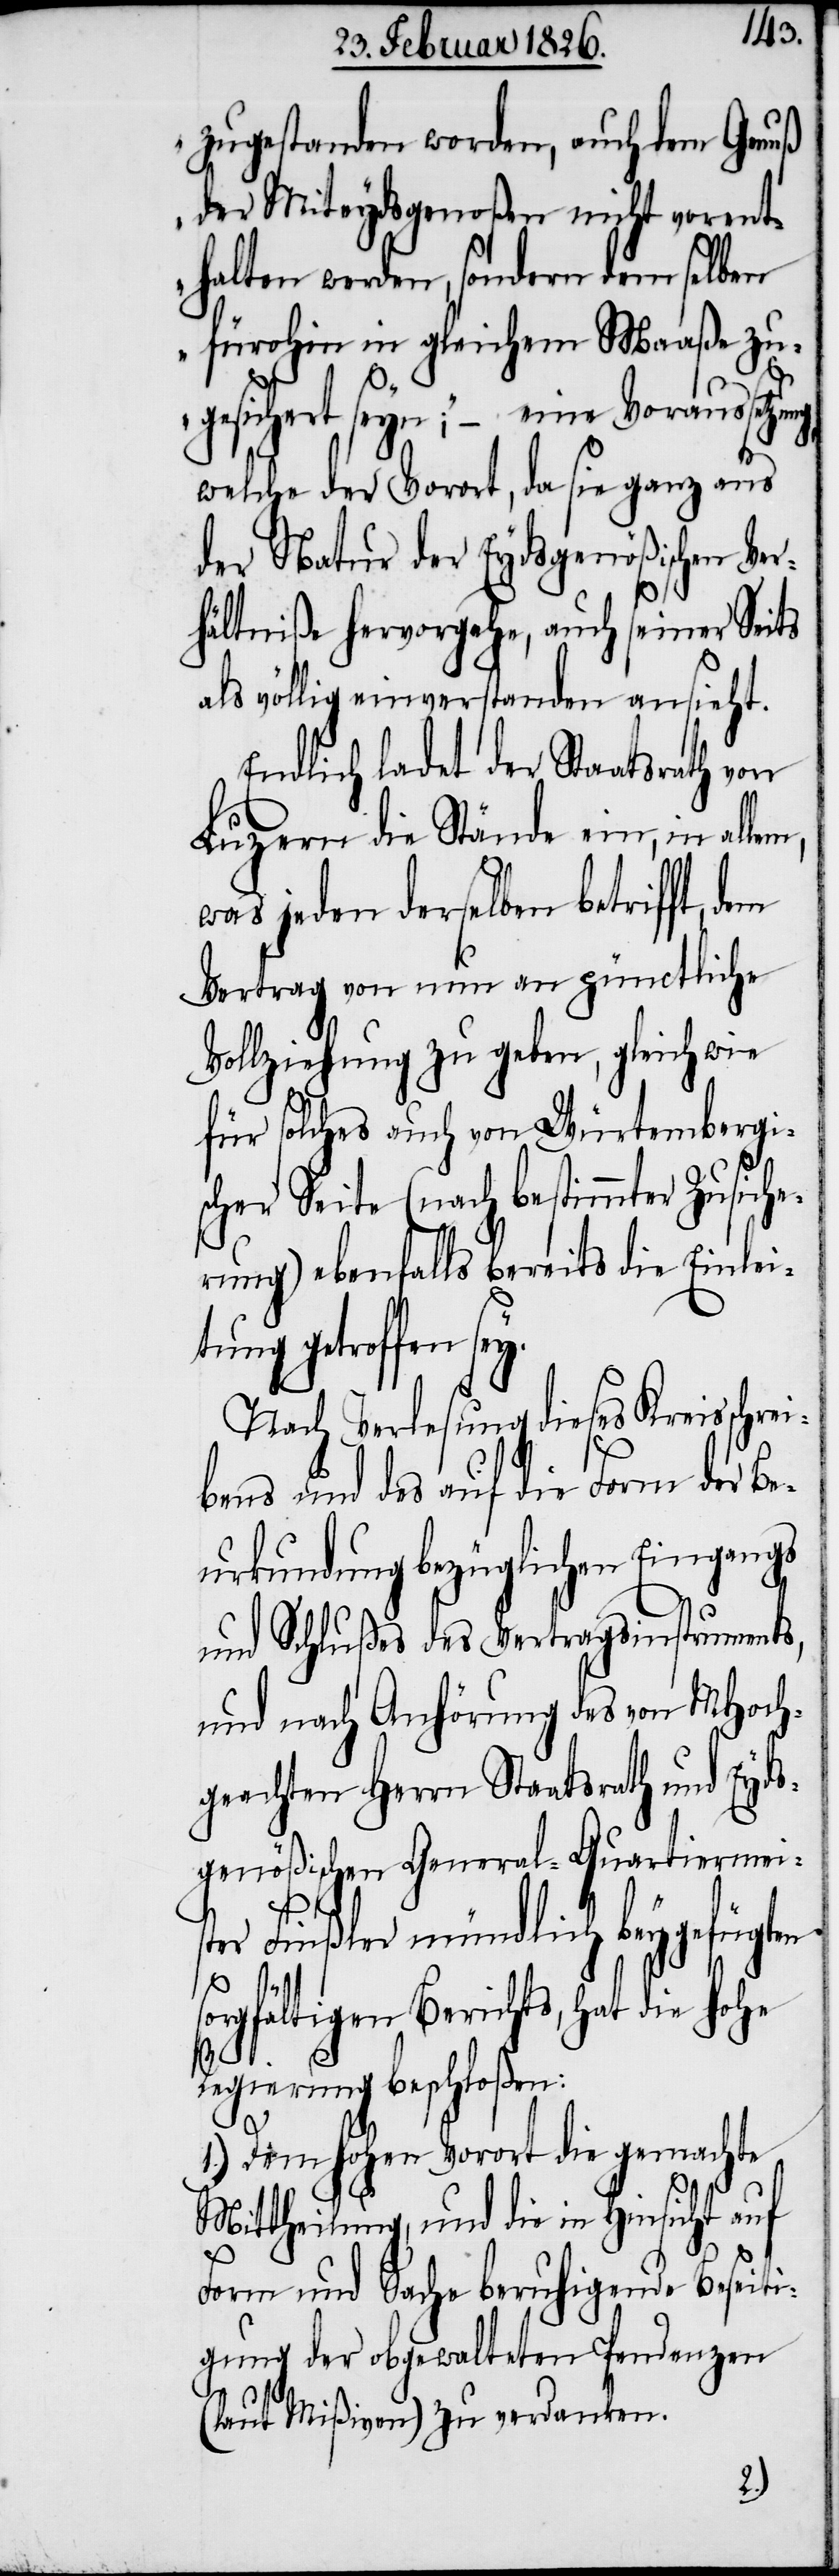
zugestanden worden, auch dem Genuß
der Miteydsgenoßen nicht vorent¬
halten werden, sondern dem selben
fürohin in gleichem Maaße zu¬
gesichert seyn;“ – eine Voraussetz¬
welche der Vorort, da sie ganz aus
der Natur der Eydsgenößischen Ve¬
rhältniße hervorgehe, auch seiner Seits
als völlig einverstanden ansieht.
Endlich ladet der Staatsrath von
Luzern die Stände ein, in alle¬
was jeden derselben betrifft, dem
Vertrag von nun an pünctliche
Vollziehung zu geben, gleichwie
für solches auch von Würtembergi¬
scher Seite (nach bestimmter Zusich¬
erung) ebenfalls bereits die Einlei¬
tung getroffen
Nach Verlesung dieses Kreisschrei¬
bens und des auf die Form der Be¬
urkundung bezüglichen Eingangs
und Schlußes des Vertragsinstruments,
und nach Anhörung des von MHoch¬
geachten Herrn Staatsrath und Eyds¬
genößischen General-Quartiermeis¬
ter Finßler mündlich beygefügten
rgfältigen Berichts, hat die
Regierung beschloßen:
1.) Dem hohen Vorort die gemachte
Mittheilung, und die in Hinsicht auf
Form und Sache beruhigende Beseiti¬
gung der obgewalteten Pendenzen
(laut Mißiven) zu verdanken.
so¬